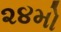
૨૪મો